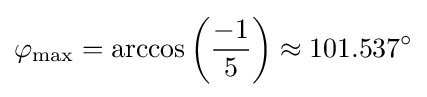
\varphi _{\text{max}}=\arccos \left({\frac {-1}{5}}\right)\approx 101.537^{\circ }